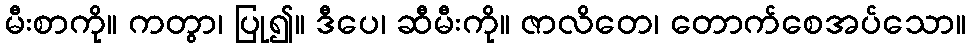
မီးစာကို။ ကတွာ၊ ပြု၍။ ဒီပေ၊ ဆီမီးကို။ ဇာလိတေ၊ တောက်စေအပ်သော။